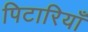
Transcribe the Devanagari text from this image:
पिटारियाँ